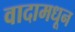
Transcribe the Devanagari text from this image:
वादामधून